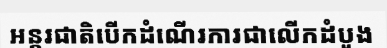
អន្តរជាតិបើកដំណើរការជាលើកដំបូង